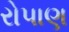
રોપાણ